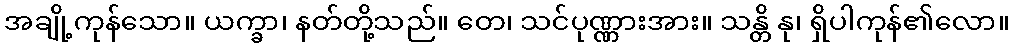
အချို့ကုန်သော။ ယက္ခာ၊ နတ်တို့သည်။ တေ၊ သင်ပုဏ္ဏားအား။ သန္တိ နု၊ ရှိပါကုန်၏လော။